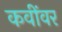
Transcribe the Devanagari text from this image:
कवींवर